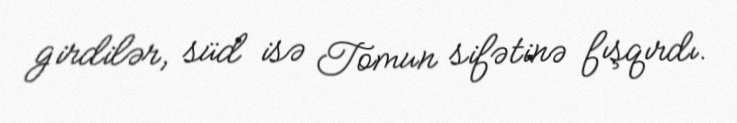
girdilər, süd isə Tomun sifətinə fışqırdı.